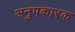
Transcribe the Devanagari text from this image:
अनुपकारक